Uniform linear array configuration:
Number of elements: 8
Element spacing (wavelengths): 0.5
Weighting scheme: blackman
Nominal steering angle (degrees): -45
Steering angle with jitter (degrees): -44.226
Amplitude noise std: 0.05
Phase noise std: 0.05

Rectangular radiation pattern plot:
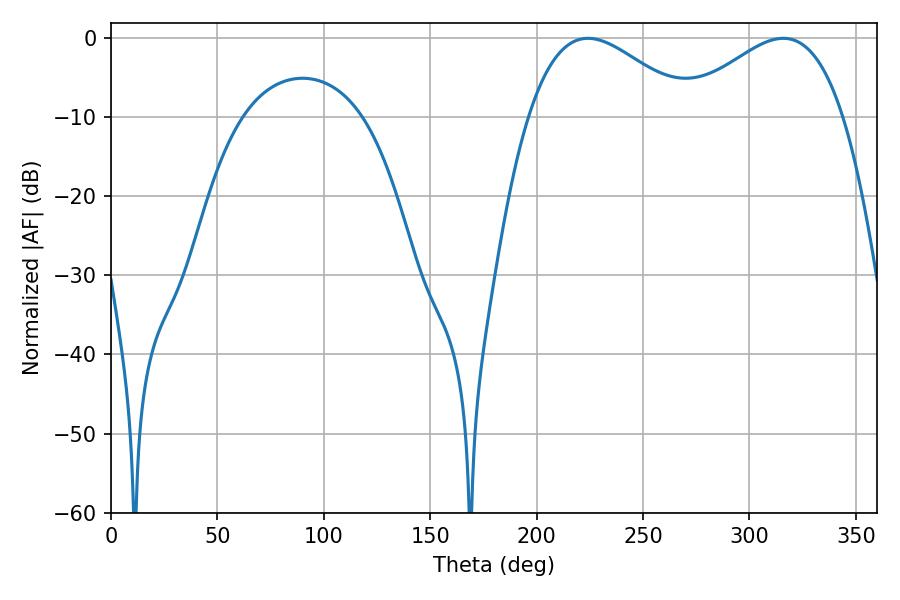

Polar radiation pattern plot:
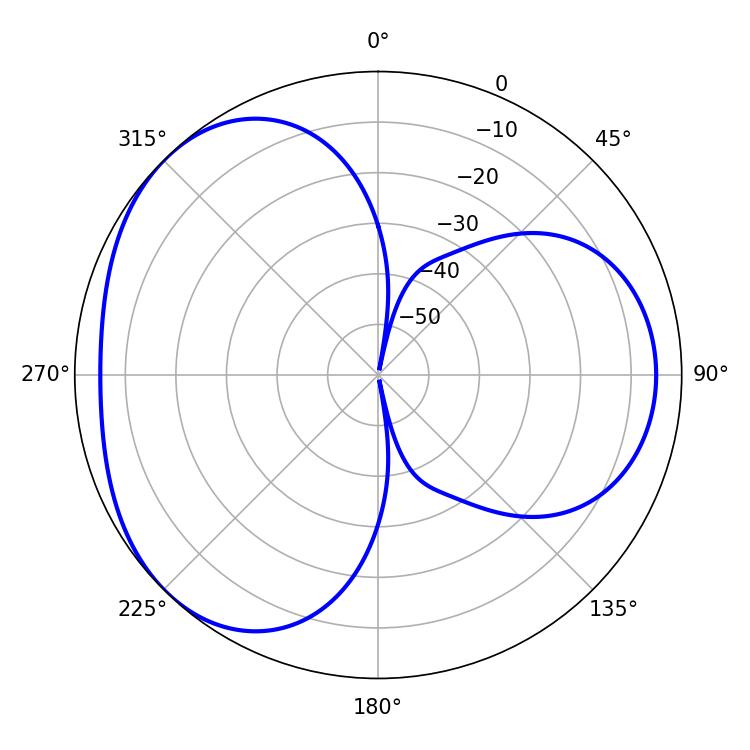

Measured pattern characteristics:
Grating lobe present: FALSE
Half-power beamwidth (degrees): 41.04
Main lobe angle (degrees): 224.1